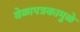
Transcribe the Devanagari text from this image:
वेळापत्रकामुळे